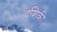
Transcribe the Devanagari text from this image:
दशिकी